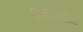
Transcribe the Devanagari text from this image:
सिम्बिकोर्ट